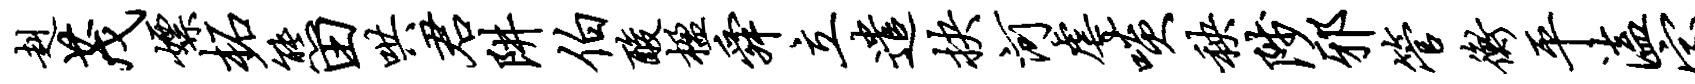
赳茂嫖柘熊田哄君阱伯酸楹舜立遣抉河虐啖秧陟邪管衡平溘室